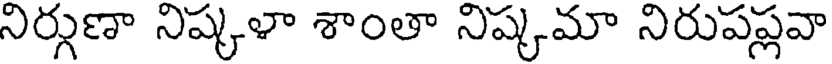
నిర్గుణా నిష్కళా శాంతా నిష్కమా నిరుపప్లవా